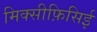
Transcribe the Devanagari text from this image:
मिक्सीफ़िसिई